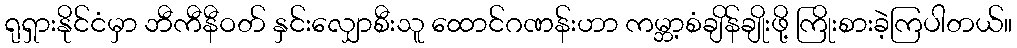
ရုရှားနိုင်ငံမှာ ဘီကီနီဝတ် နှင်းလျှောစီးသူ ထောင်ဂဏန်းဟာ ကမ္ဘာ့စံချိန်ချိုးဖို့ ကြိုးစားခဲ့ကြပါတယ်။